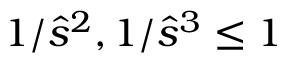
1 / \hat { s } ^ { 2 } , 1 / \hat { s } ^ { 3 } \le 1